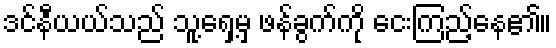
ဒင်နီယယ်သည် သူ့ရှေ့မှ ဖန်ခွက်ကို ငေးကြည့်နေ၏။